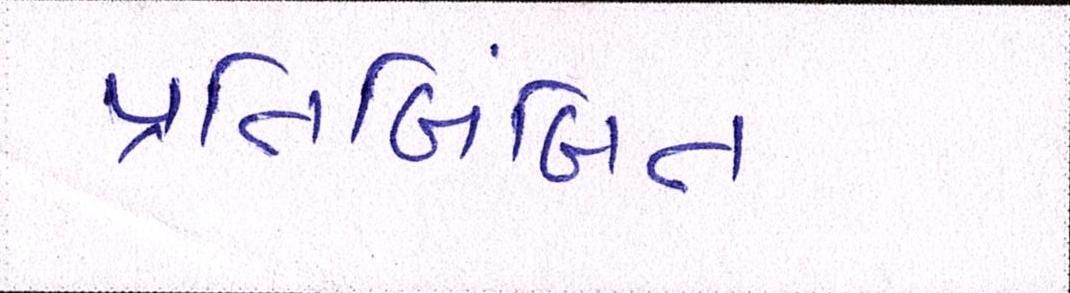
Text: પ્રતિબિંબિત